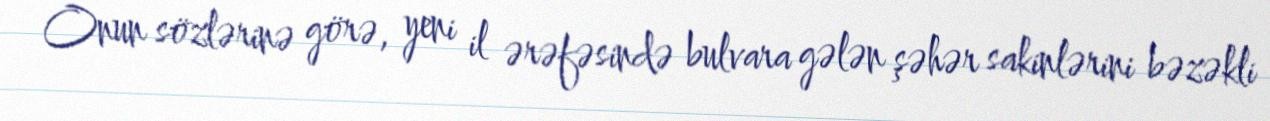
Onun sözlərinə görə, yeni il ərəfəsində bulvara gələn şəhər sakinlərini bəzəkli